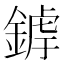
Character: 𨩜